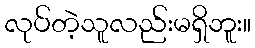
လုပ်တဲ့သူလည်းမရှိဘူး။